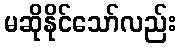
မဆိုနိုင်သော်လည်း